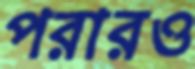
পরারও